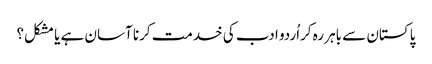
پاکستان سے باہر رہ کراُردو ادب کی خدمت کرنا آسان ہے یا مشکل؟